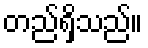
တည်ရှိသည်။